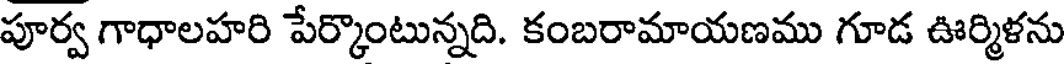
పూర్వ గాధాలహరి పేర్కొంటున్నది. కంబరామాయణము గూడ ఊర్మిళను